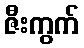
ဇီးကွက်